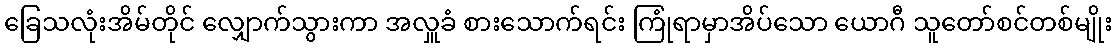
ခြေသလုံးအိမ်တိုင် လျှောက်သွားကာ အလှူခံ စားသောက်ရင်း ကြုံရာမှာအိပ်သော ယောဂီ သူတော်စင်တစ်မျိုး